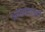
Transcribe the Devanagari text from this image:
आपापसांतही